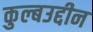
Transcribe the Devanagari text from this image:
कुल्बउद्दीन